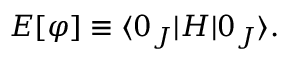
{ \cal E } [ \varphi ] \equiv \langle 0 _ { J } | H | 0 _ { J } \rangle .